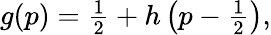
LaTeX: \begin{array}{r}{g(p)=\frac{1}{2}+h\left(p-\frac{1}{2}\right),}\end{array}